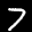
Label: 7